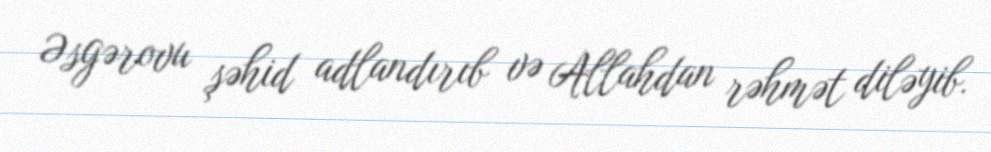
Əsgərovu şəhid adlandırıb və Allahdan rəhmət diləyib.